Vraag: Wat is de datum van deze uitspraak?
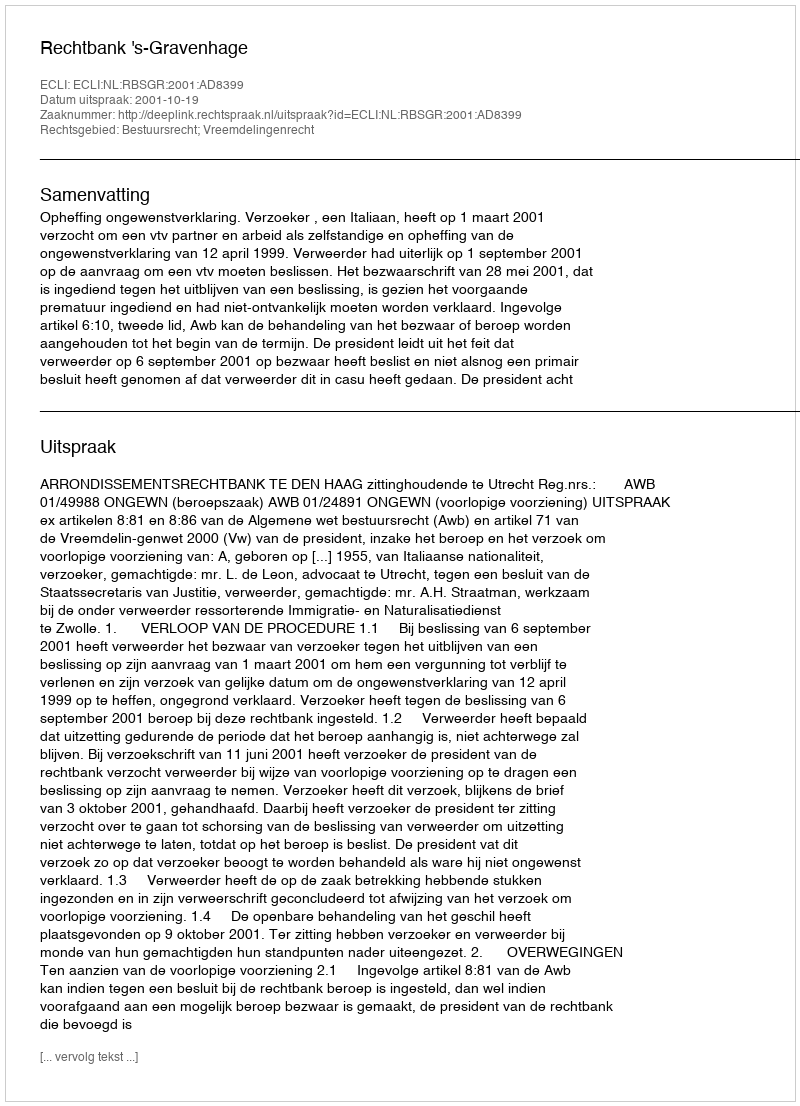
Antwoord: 2001-10-19